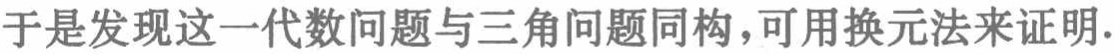
于是发现这一代数问题与三角问题同构，可用换元法来证明.